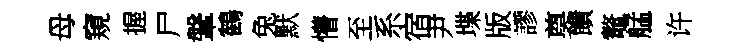
母窺握尸鞶鶴兔默懵至系宿尹堞版謬奠饋鼇艋许